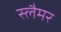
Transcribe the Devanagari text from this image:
स्लैमर